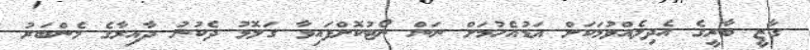
ގާޒީ ބާރީގެ އެދިލެއްވުމަކަށް އަޑުއެހުމަށް ނަން ނޯޓުކޮށްފައިވާ ގަލޮޅު ދެކުނު ދާއިރާގެ މެންބަރު